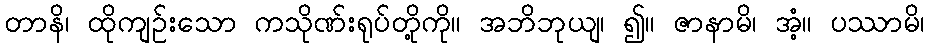
တာနိ၊ ထိုကျဉ်းသော ကသိုဏ်းရုပ်တို့ကို။ အဘိဘုယျ၊ ၍။ ဇာနာမိ၊ အံ့။ ပဿာမိ၊